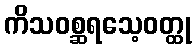
ကိသဝစ္ဆရသေ့ဝတ္ထု